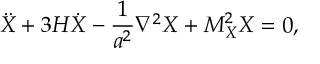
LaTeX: \ddot { X } + 3 H \dot { X } - \frac { 1 } { a ^ { 2 } } \nabla ^ { 2 } X + M _ { X } ^ { 2 } X = 0 ,